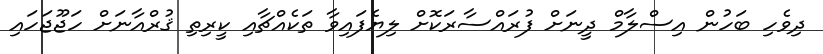
ދިވެހި ބަހުން އިސްލާމް ދީނަށް ފުރައްސާރަކޮށް ލިޔެފައިވާ ތަކެއްޗާއި ކީރިތި ޤުރްއާނަށް ހަޖޫޖަހައި